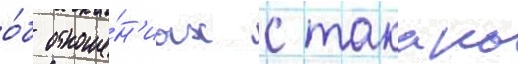
о́б отноше́н'иах с такако